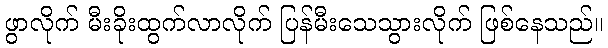
ဖွာလိုက် မီးခိုးထွက်လာလိုက် ပြန်မီးသေသွားလိုက် ဖြစ်နေသည်။